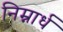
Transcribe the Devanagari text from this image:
निम्नार्ध